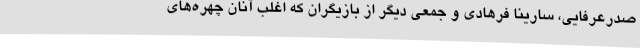
صدرعرفایی، سارینا فرهادی و جمعی دیگر از بازیگران که اغلب آنان چهره‌های